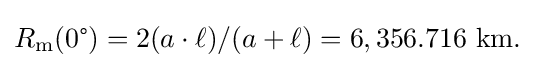
R_{\text{m}}(0{\text{°}})=2(a\cdot \ell )/(a+\ell )=6,356.716{\text{ km.}}